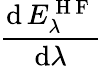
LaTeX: \frac{\mathrm{d}\, E_{\lambda}^{\mathrm{~H~F~}}}{\mathrm{d}\lambda}